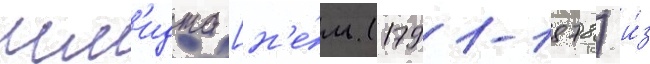
шм'идта [н'е́м. (1791-1878) и́з